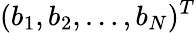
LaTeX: (b_{1},b_{2},\ldots,b_{N})^{T}